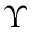
\Upsilon